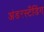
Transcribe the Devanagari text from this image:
अंडरस्टँडिंग